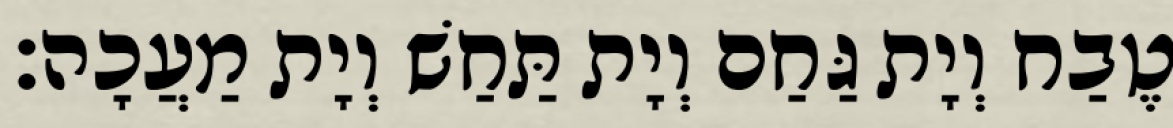
טֶבַח וְיָת גַּחַם וְיָת תַּחַשׁ וְיָת מַעֲכָה׃